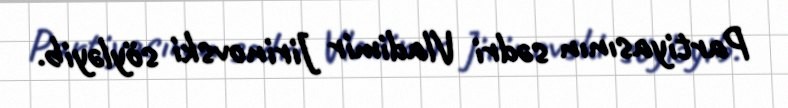
Partiyasının sədri Vladimir Jirinovski söyləyib.